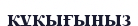
құқығыңыз